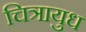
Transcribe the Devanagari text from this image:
चित्रायुध